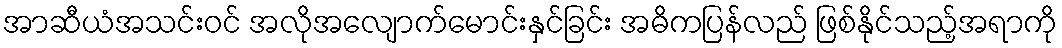
အာဆီယံအသင်းဝင် အလိုအလျောက်မောင်းနှင်ခြင်း အဓိကပြန်လည် ဖြစ်နိုင်သည့်အရာကို